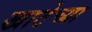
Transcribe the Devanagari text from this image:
खाटेच्या